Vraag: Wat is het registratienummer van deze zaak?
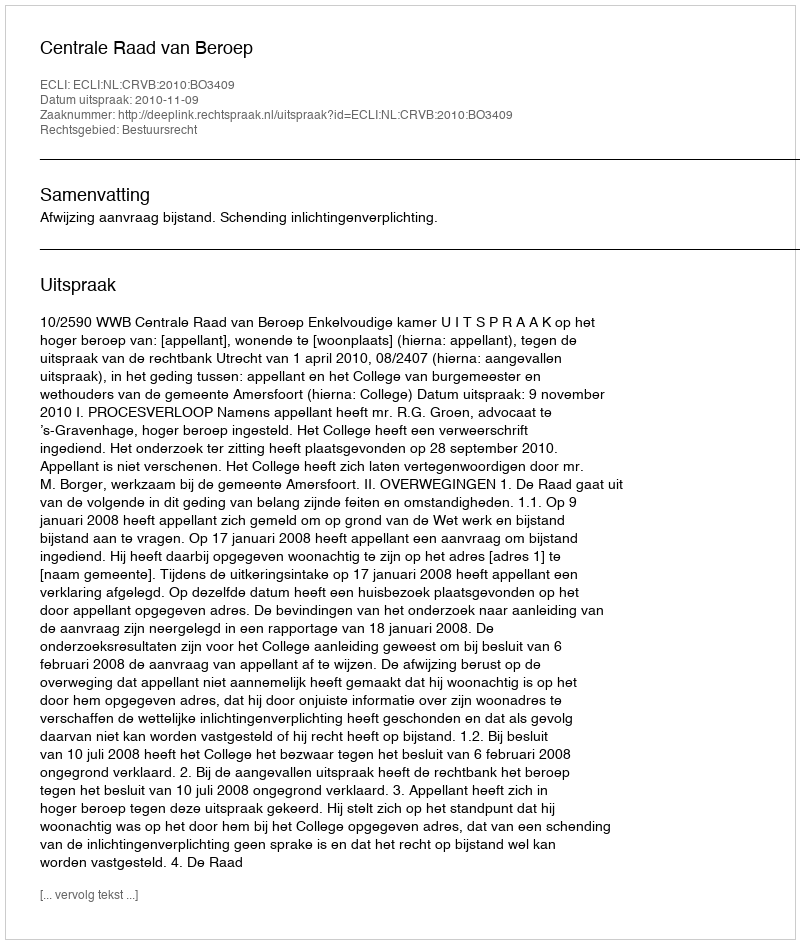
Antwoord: http://deeplink.rechtspraak.nl/uitspraak?id=ECLI:NL:CRVB:2010:BO3409